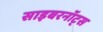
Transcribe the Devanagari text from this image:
साइबरनॉट्स